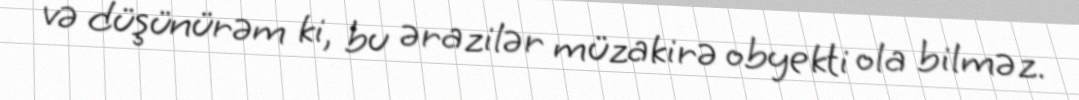
və düşünürəm ki, bu ərazilər müzakirə obyekti ola bilməz.